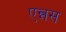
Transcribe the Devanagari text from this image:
एन्नस